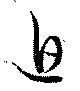
迫